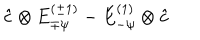
LaTeX: \hat { c } \otimes E _ { \mp \psi } ^ { ( \pm 1 ) } - E _ { - \psi } ^ { ( 1 ) } \otimes \hat { c }